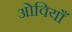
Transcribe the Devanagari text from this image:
ओवियाँ